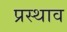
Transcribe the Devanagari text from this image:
प्रस्थाव